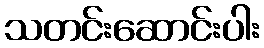
သတင်းဆောင်းပါး